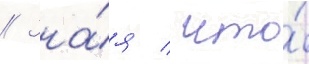
// Зна́я / что́